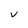
Character: v